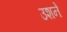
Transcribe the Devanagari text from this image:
उशने